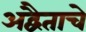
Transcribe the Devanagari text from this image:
अद्वैताचे